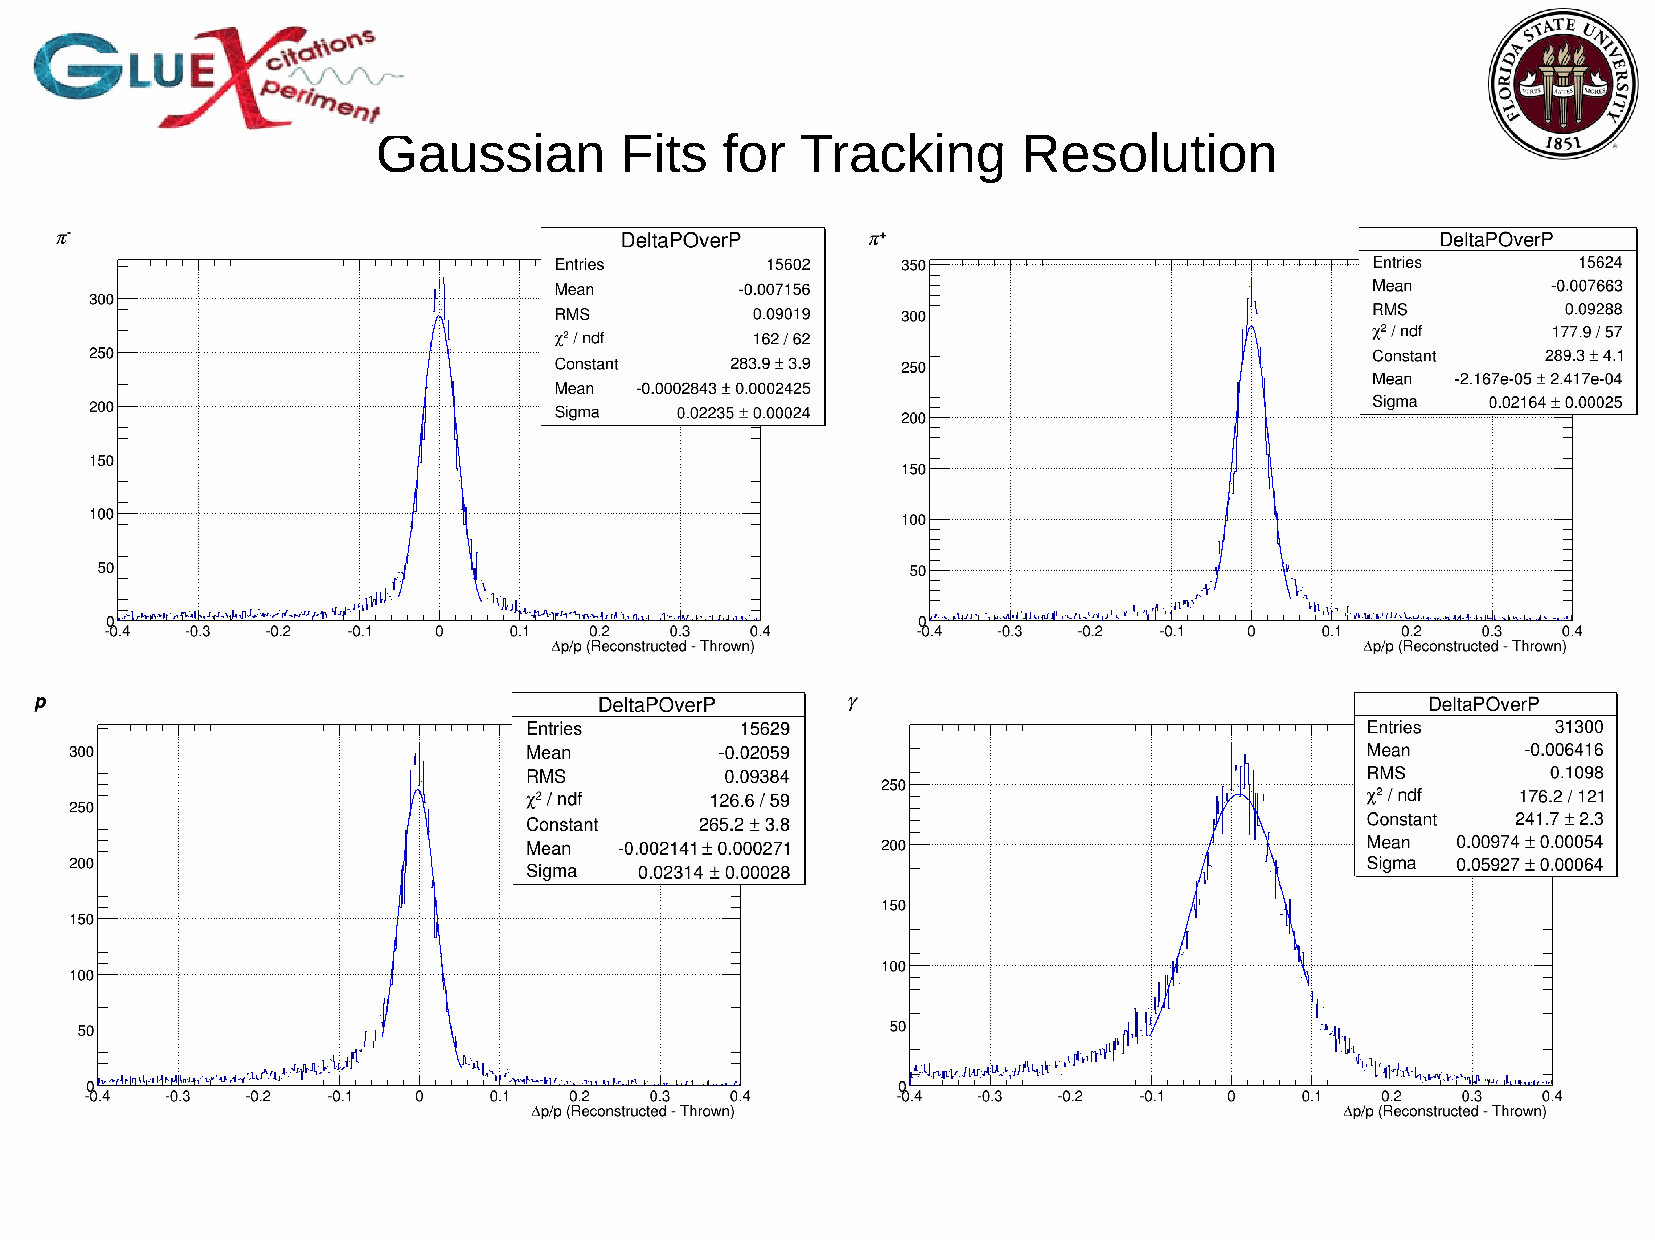
Gaussian        Fits   for  Tracking       Resolution